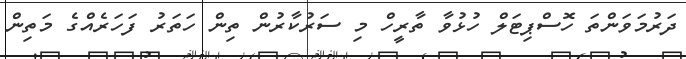
ދަރުމަވަންތަ ހޮސްޕިޓަލް ހުޅުވާ ތާރީހް މި ސަރުކާރުން ތިން ހަތަރު ފަހަރެއްގެ މަތިން